Report on the Civil Veterinary Department, Eastern Bengal and Assam - 1907-1911
Year: 1907
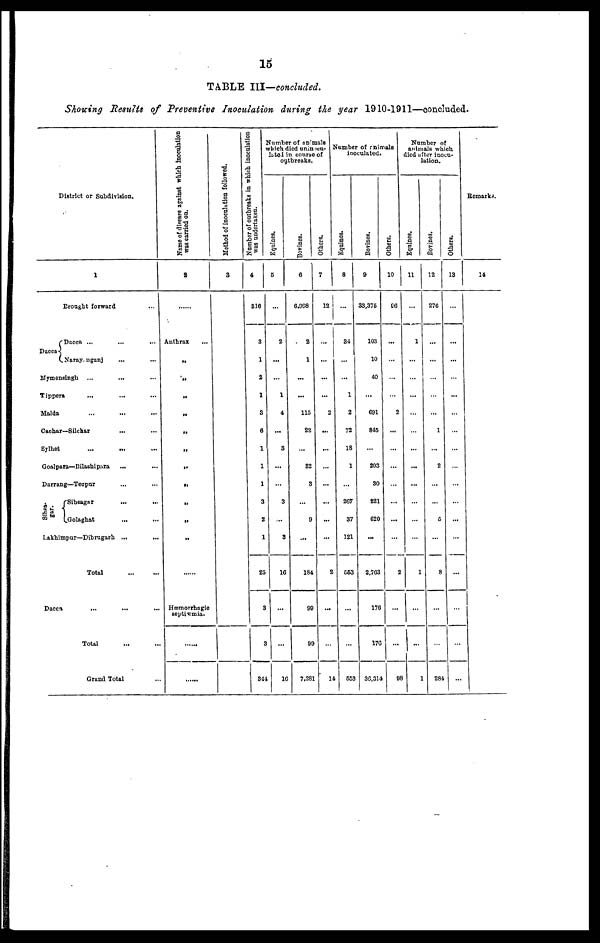
15
TABLE III—concluded.
Showing Results of Preventive Inoculation during the year 1910-1911—concluded.
District or Subdivision.
Dacca
1
Brought forward ...
Dacca ... ... ...
Naray nganj ... ...
Mymensingh ... ... ...
Tippers ... ... ...
Malda
... ... ...
Cachar—Silchar ... ...
Sylhet
... ... ...
Goalpara—Bilashipara ... ...
Darrang—Tezpur ... ...
gar.
Sibsagar ... ...
Golaghat ... ...
Lakhimpur—Dibrugarh ... ...
Dacca
Total ......
... ... ...
Total ... ...
Grand Total ...
Name of disease against which Inoculation
was carried on.
2
Anthrax
„
„
„
„
„
„
„
„
„
„
„
Hæmorrhagic
septiæmia.
Method of inoculation followed.
3
Number of outbreaks in which inoculation
was undertaken.
4
316
3
1
2
1
3
8
1
1
1
3
2
1
25
3
3
344
Number of animals
which died uninocu-
lated in course of
outbreaks.
Equines.
5
2
...
...
1
4
...
3
...
...
3
3
10
...
...
1G
Bovines.
6
6.908
2
1
...
...
115
22
...
32
3
...
3
...
184
99
99
7,281
Others.
7
12
...
...
...
...
2
...
...
...
...
...
...
...
2
...
...
14
Number of animals
inoculated.
Equines.
8
...
34
...
...
1
2
72
18
1
...
267
37
121
663
...
...
553
Bovines.
9
33,375
103
10
40
...
691
845
...
203
30
221
620
...
2,763
176
170
30.314
Others.
10
96
...
...
...
...
2
...
...
...
...
...
...
...
2
...
...
98
Number of
animals which
died after inocu-
lation.
Equines.
11
...
1
...
...
...
...
...
...
...
...
...
...
...
1
...
...
1
Bovines.
12
276
...
...
...
...
...
1
...
2
...
...
5
...
8
...
...
284
Others.
13
...
...
...
...
...
...
...
...
...
...
...
...
...
...
...
...
...
Remarks.
14